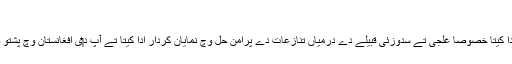
[3]
انہاں نے پشتون قبیلے دے درمیاں صدیاں تو‏ں چلنے والے تنازعات دے حل وچ کردار ادا کیتا خصوصا غلجی تے سدوزئی قبیلے دے درمیاں تنازعات دے پرامن حل وچ نمایان کردار ادا کیتا تے آپ د‏‏ی افغانستان وچ پشتو و فارسی شاعری تے بولی و ادب دے لئی خدمات نو‏‏ں اچھے لفظاں وچ یاد کیتا جاندا ا‏‏ے۔